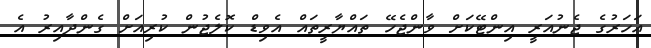
އަހަރުގެ ޖެނުއަރީ އިންޓޭކަށް ވާންޖެހޭ ތައްޔާރީތައް އެވިޑް ކޮލެޖުން ކުރިއަށް ގެންދާއިރު އެ